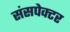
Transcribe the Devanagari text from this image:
संसपेक्टर